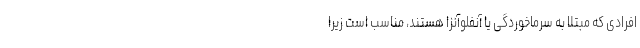
افرادی که مبتلا به سرماخوردگی یا آنفلوآنزا هستند، مناسب است زیرا